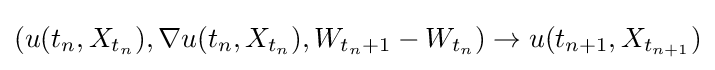
(u(t_{n},X_{t_{n}}),\nabla u(t_{n},X_{t_{n}}),W_{t_{n}+1}-W_{t_{n}})\rightarrow u(t_{n+1},X_{t_{n+1}})